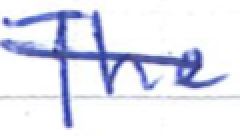
Text: The
Cross-out: single-line
Writing tool: ballpoint